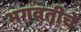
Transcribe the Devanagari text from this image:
भगवतीचे